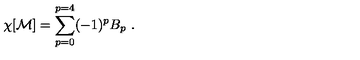
\chi [ { \bf { \cal M } } ] = \sum _ { p = 0 } ^ { p = 4 } ( - 1 ) ^ { p } B _ { p } \ .